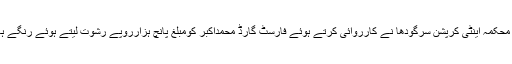
18 مئی2018ء) محکمہ اینٹی کرپشن سرگودھا نے کارروائی کرتے ہوئے فارسٹ گارڈ محمداکبر کومبلغ پانچ ہزارروپے رشوت لیتے ہوئے رنگے ہاتھوں گرفتارکرلیا۔